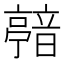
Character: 𩐴